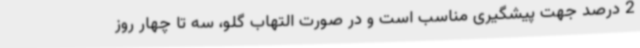
2 درصد جهت پیشگیری مناسب است و در صورت التهاب گلو، سه تا چهار روز